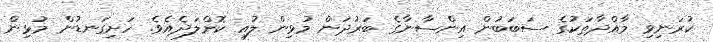
ކުރަނިވި މާއްދާތަކުގެ ސަބަބުން އިންސާނާގެ ބަރުދަން މުޅިން ލުއި ކޮށްލަދެއެވެ. ހަށިގަނޑުން މުޅިން